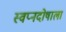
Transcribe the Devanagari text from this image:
स्वप्नदोषाला